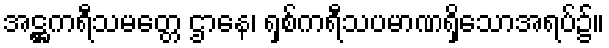
အဋ္ဌကရီသမတ္တေ ဌာနေ၊ ရှစ်ကရီသပမာဏရှိသောအရပ်၌။